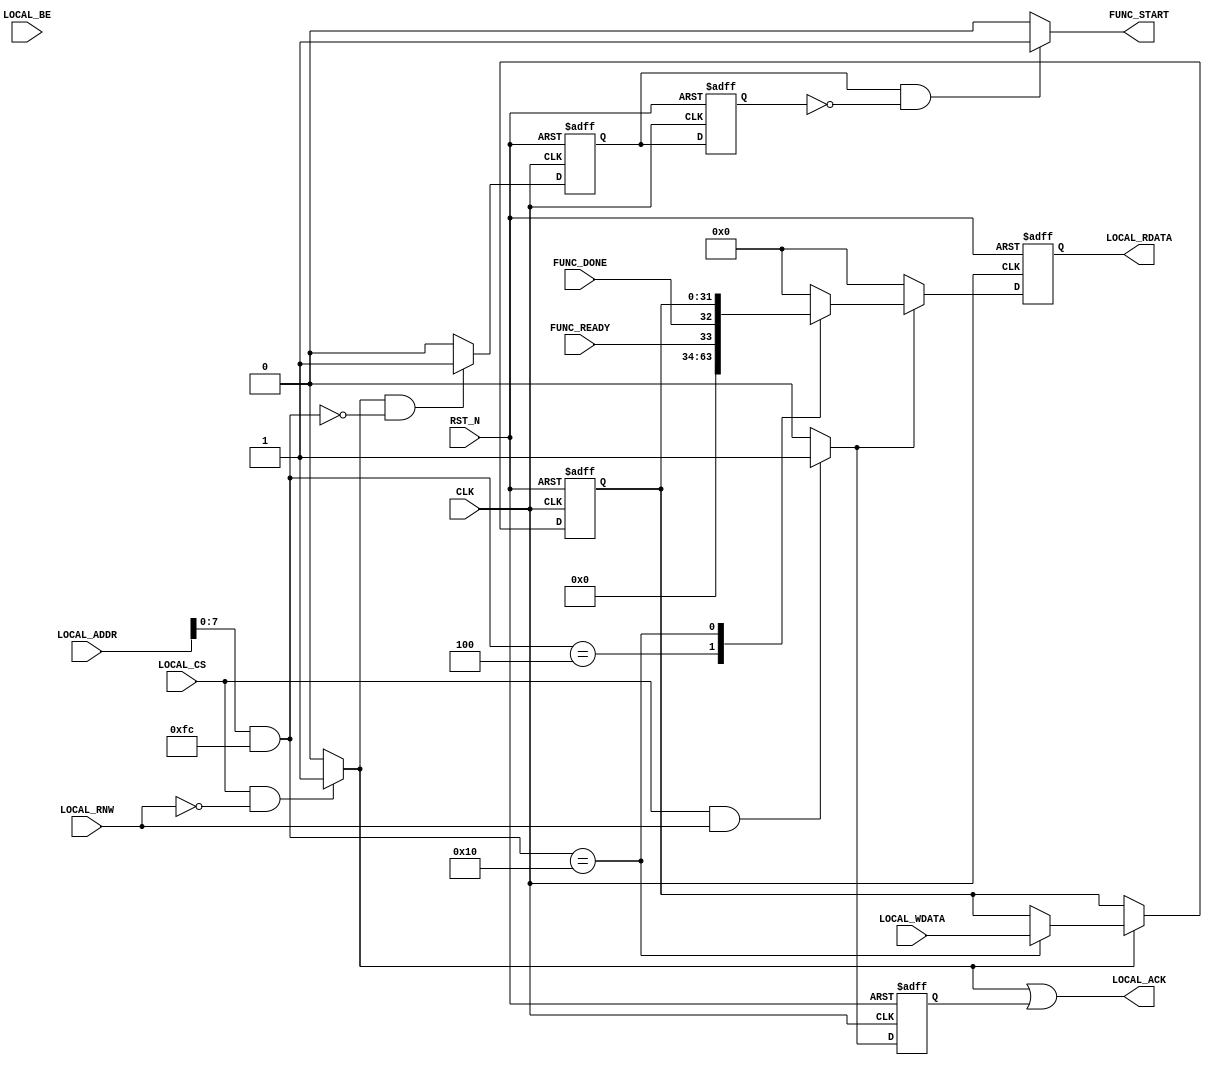
module aq_func_ctl(
	input			RST_N,
	input			CLK,

	input			LOCAL_CS,
	input			LOCAL_RNW,
	output			LOCAL_ACK,
	input [31:0]	LOCAL_ADDR,
	input [3:0]		LOCAL_BE,
	input [31:0]	LOCAL_WDATA,
	output [31:0]	LOCAL_RDATA,

	output			FUNC_START,
	input			FUNC_READY,
	input			FUNC_DONE
);

localparam A_FUNC_START		= 8'h00;
localparam A_FUNC_STATUS	= 8'h04;
localparam A_FUNC_ARGS_00	= 8'h10;

wire		wr_ena, rd_ena, wr_ack;
reg			rd_ack;

reg             reg_func_start, reg_func_start_d;
reg [31:0]	reg_func_args_00;

reg [31:0]	reg_rdata;

assign wr_ena = (LOCAL_CS & ~LOCAL_RNW)?1'b1:1'b0;
assign rd_ena = (LOCAL_CS &  LOCAL_RNW)?1'b1:1'b0;
assign wr_ack = wr_ena;

// Write Register
always @(posedge CLK or negedge RST_N) begin
	if(!RST_N) begin
		reg_func_start		<= 1'b0;
		reg_func_start_d	<= 1'b0;
		reg_func_args_00	<= 32'd0;
	end else begin
		if(wr_ena & ((LOCAL_ADDR[7:0] & 8'hFC) == A_FUNC_START)) begin
			reg_func_start	<= 1'b1;
		end else begin
			reg_func_start	<= 1'b0;
		end
		reg_func_start_d <= reg_func_start;

		if(wr_ena) begin
			case(LOCAL_ADDR[7:0] & 8'hFC)
				A_FUNC_ARGS_00: begin
					reg_func_args_00[31:0] <= LOCAL_WDATA[31:0];
				end
				default: begin
				end
			endcase
		end
	end
end

// Read Register
always @(posedge CLK or negedge RST_N) begin
	if(!RST_N) begin
		reg_rdata[31:0] <= 32'd0;
		rd_ack <= 1'b0;
	end else begin
		rd_ack <= rd_ena;
		if(rd_ena) begin
			case(LOCAL_ADDR[7:0] & 8'hFC)
				A_FUNC_START: begin
					reg_rdata[31:0] <= 32'd0;
				end
				A_FUNC_STATUS: begin
					reg_rdata[31:0] <= {30'd0, FUNC_READY, FUNC_DONE};
				end
				A_FUNC_ARGS_00: begin
					reg_rdata[31:0] <= reg_func_args_00[31:0];
				end
				default: begin
					reg_rdata[31:0] <= 32'd0;
				end
			endcase
		end else begin
			reg_rdata[31:0] <= 32'd0;
		end
	end
end

assign LOCAL_ACK			= (wr_ack | rd_ack);
assign LOCAL_RDATA[31:0]	= reg_rdata[31:0];

assign FUNC_START	= (reg_func_start & ~reg_func_start_d)?1'b1:1'b0;
assign FUNC_ARGS_00	= reg_func_args_00;

endmodule